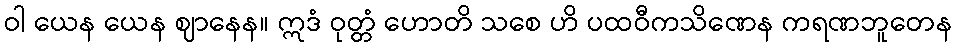
ဝါ ယေန ယေန ဈာနေန။ ဣဒံ ဝုတ္တံ ဟောတိ သစေ ဟိ ပထဝီကသိဏေန ကရဏဘူတေန